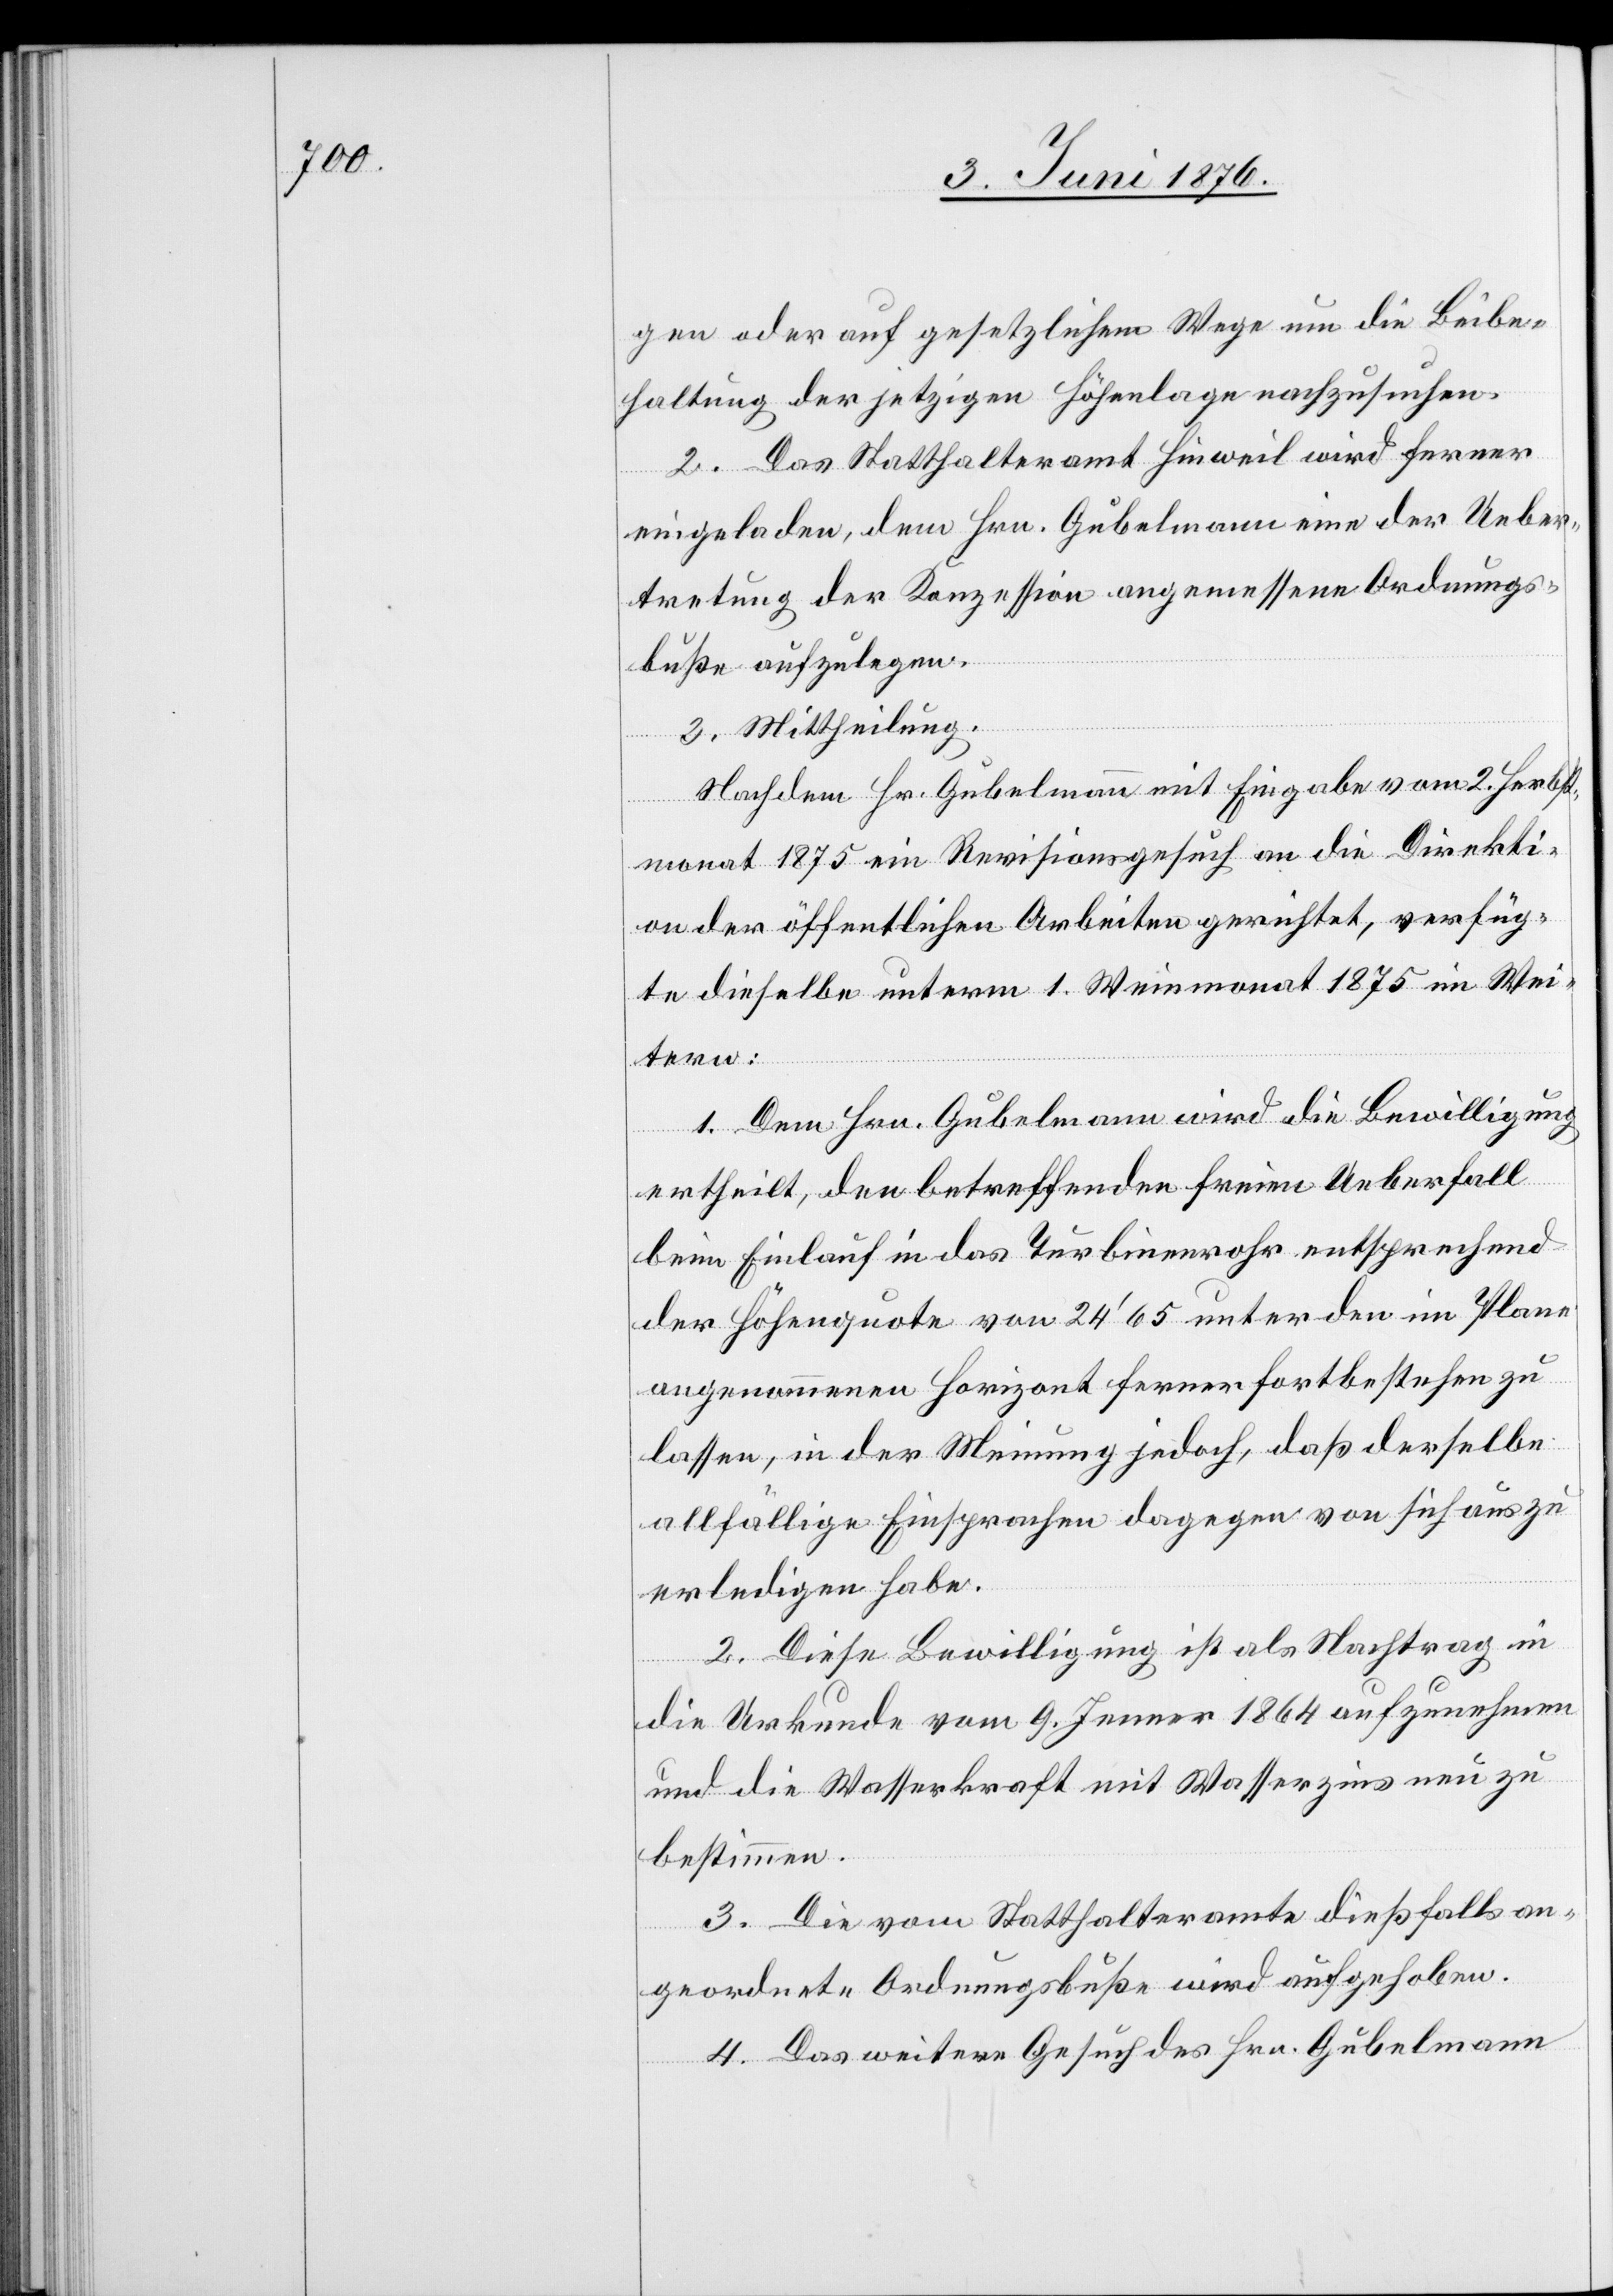
gen oder auf gesetzlichem Wege um die Beibe¬
haltung der jetzigen Höhenlage nachzusuchen.
2. Das Statthalteramt Hinweil wird ferner
eingeladen, dem Hrn. Gubelmann eine der Ueber¬
tretung der Konzession angemessene Ordnungs¬
buße aufzulegen.
3. Mittheilung.
Nachdem Hr. Gubelmann mit Eingabe vom 2. Herbst¬
monat 1875 ein Revisionsgesuch an die Direkti¬
on der öffentlichen Arbeiten gerichtet, verfüg¬
te dieselbe unterm 1. Weinmonat 1875 im Wei¬
tern:
1. Dem Hrn. Gubelmann wird die Bewilligung
ertheilt, den betreffenden freien Ueberfall
beim Einlauf in das Turbinenrohr entsprechend
der Höhenquote von 24’65 unter den im Plane
angenommenen Horizont ferner fortbestehen zu
lassen, in der Meinung jedoch, daß derselbe
allfällige Einsprachen dagegen von sich aus zu
erledigen habe.
2. Diese Bewilligung ist als Nachtrag in
die Urkunde vom 9. Jenner 1864 aufzunehmen
und die Wasserkraft mit Wasserzins neu zu
bestimmen.
3. Die vom Statthalteramte dießfalls an¬
geordnete Ordnungsbuße wird aufgehoben.
4. Das weitere Gesuch des Hrn. Gubelmann